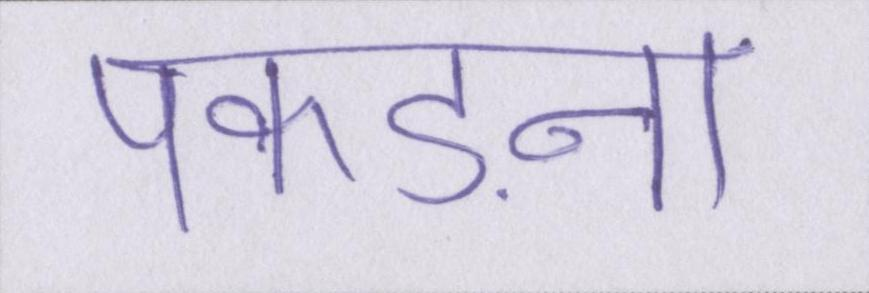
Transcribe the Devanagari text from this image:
पकड़ना